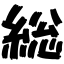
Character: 総